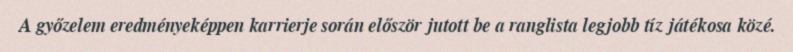
A győzelem eredményeképpen karrierje során először jutott be a ranglista legjobb tíz játékosa közé.